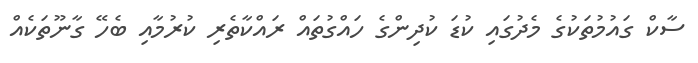
ސާކް ގައުމުތަކުގެ މެދުގައި ކުޑަ ކުދިންގެ ހައްގުތައް ރައްކާތެރި ކުރުމާއި ބެހޭ ގާނޫތަކެއް